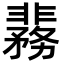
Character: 𬰞